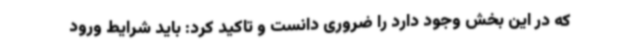
که در این بخش وجود دارد را ضروری دانست و تاکید کرد: باید شرایط ورود